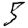
Digit: 5